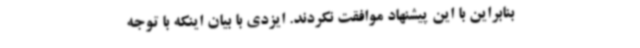
بنابراین با این پیشنهاد موافقت نکردند. ایزدی با بیان اینکه با توجه